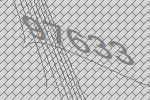
97633